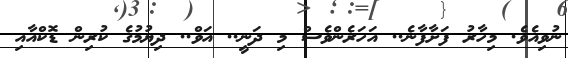
ނުވިއެވެ. މިހާރު ފަށާފާނެ.. އަހަރެންވެސް މި ދަނީ.. އަވް.. ދިޔުމުގެ ކުރިން ޑޮކްއާއި